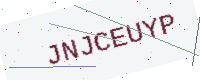
Text: JNJCEUYP